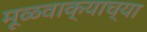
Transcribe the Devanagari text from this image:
मूळवाक्याच्या